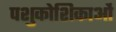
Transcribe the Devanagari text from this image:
पशुकोशिकाओं